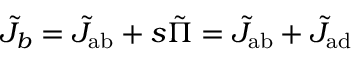
\tilde { J } _ { b } = \tilde { J } _ { \mathrm { { a b } } } + s \tilde { \Pi } = \tilde { J } _ { \mathrm { { a b } } } + \tilde { J } _ { \mathrm { { a d } } }